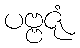
ပဗ္ဗဇုံ